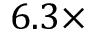
6 . 3 \times